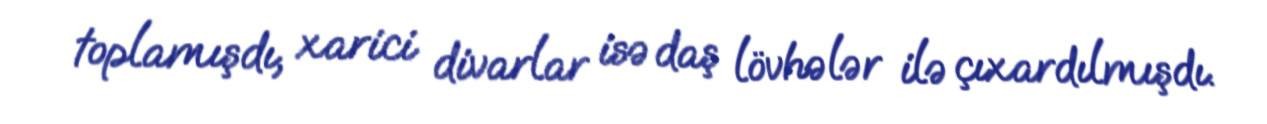
toplamışdı, xarici divarlar isə daş lövhələr ilə çıxardılmışdı.